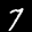
Label: 7